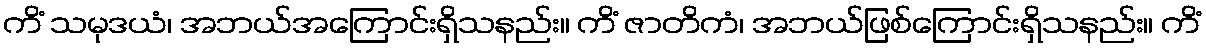
ကိံ သမုဒယံ၊ အဘယ်အကြောင်းရှိသနည်း။ ကိံ ဇာတိကံ၊ အဘယ်ဖြစ်ကြောင်းရှိသနည်း။ ကိံ